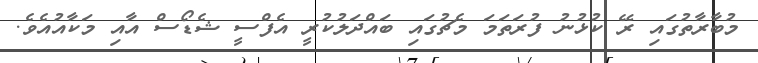
މުބާރާތުގައި ރޭ ކުޅުނު ފުރަތަމަ މެޗުގައި ބައްދަލުކުރީ އެފްސީ ޝެޑޯސް އާއި މަކާއުއެވެ.